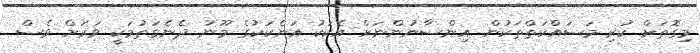
މިގޮތަށް ކުރި މަސައްކަތްތަކުން އިންސާނުންނަށް އެކަކު އަނެކަކުގެ މޫނު ދެނެގަތުމަކީ ވަރަށް ވެސް